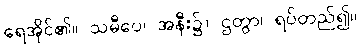
ရေအိုင်၏။ သမီပေ၊ အနီး၌။ ဌတွာ၊ ရပ်တည်၍။